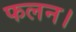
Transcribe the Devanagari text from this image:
फलन।